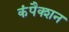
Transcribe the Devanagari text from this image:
कंपैक्शन